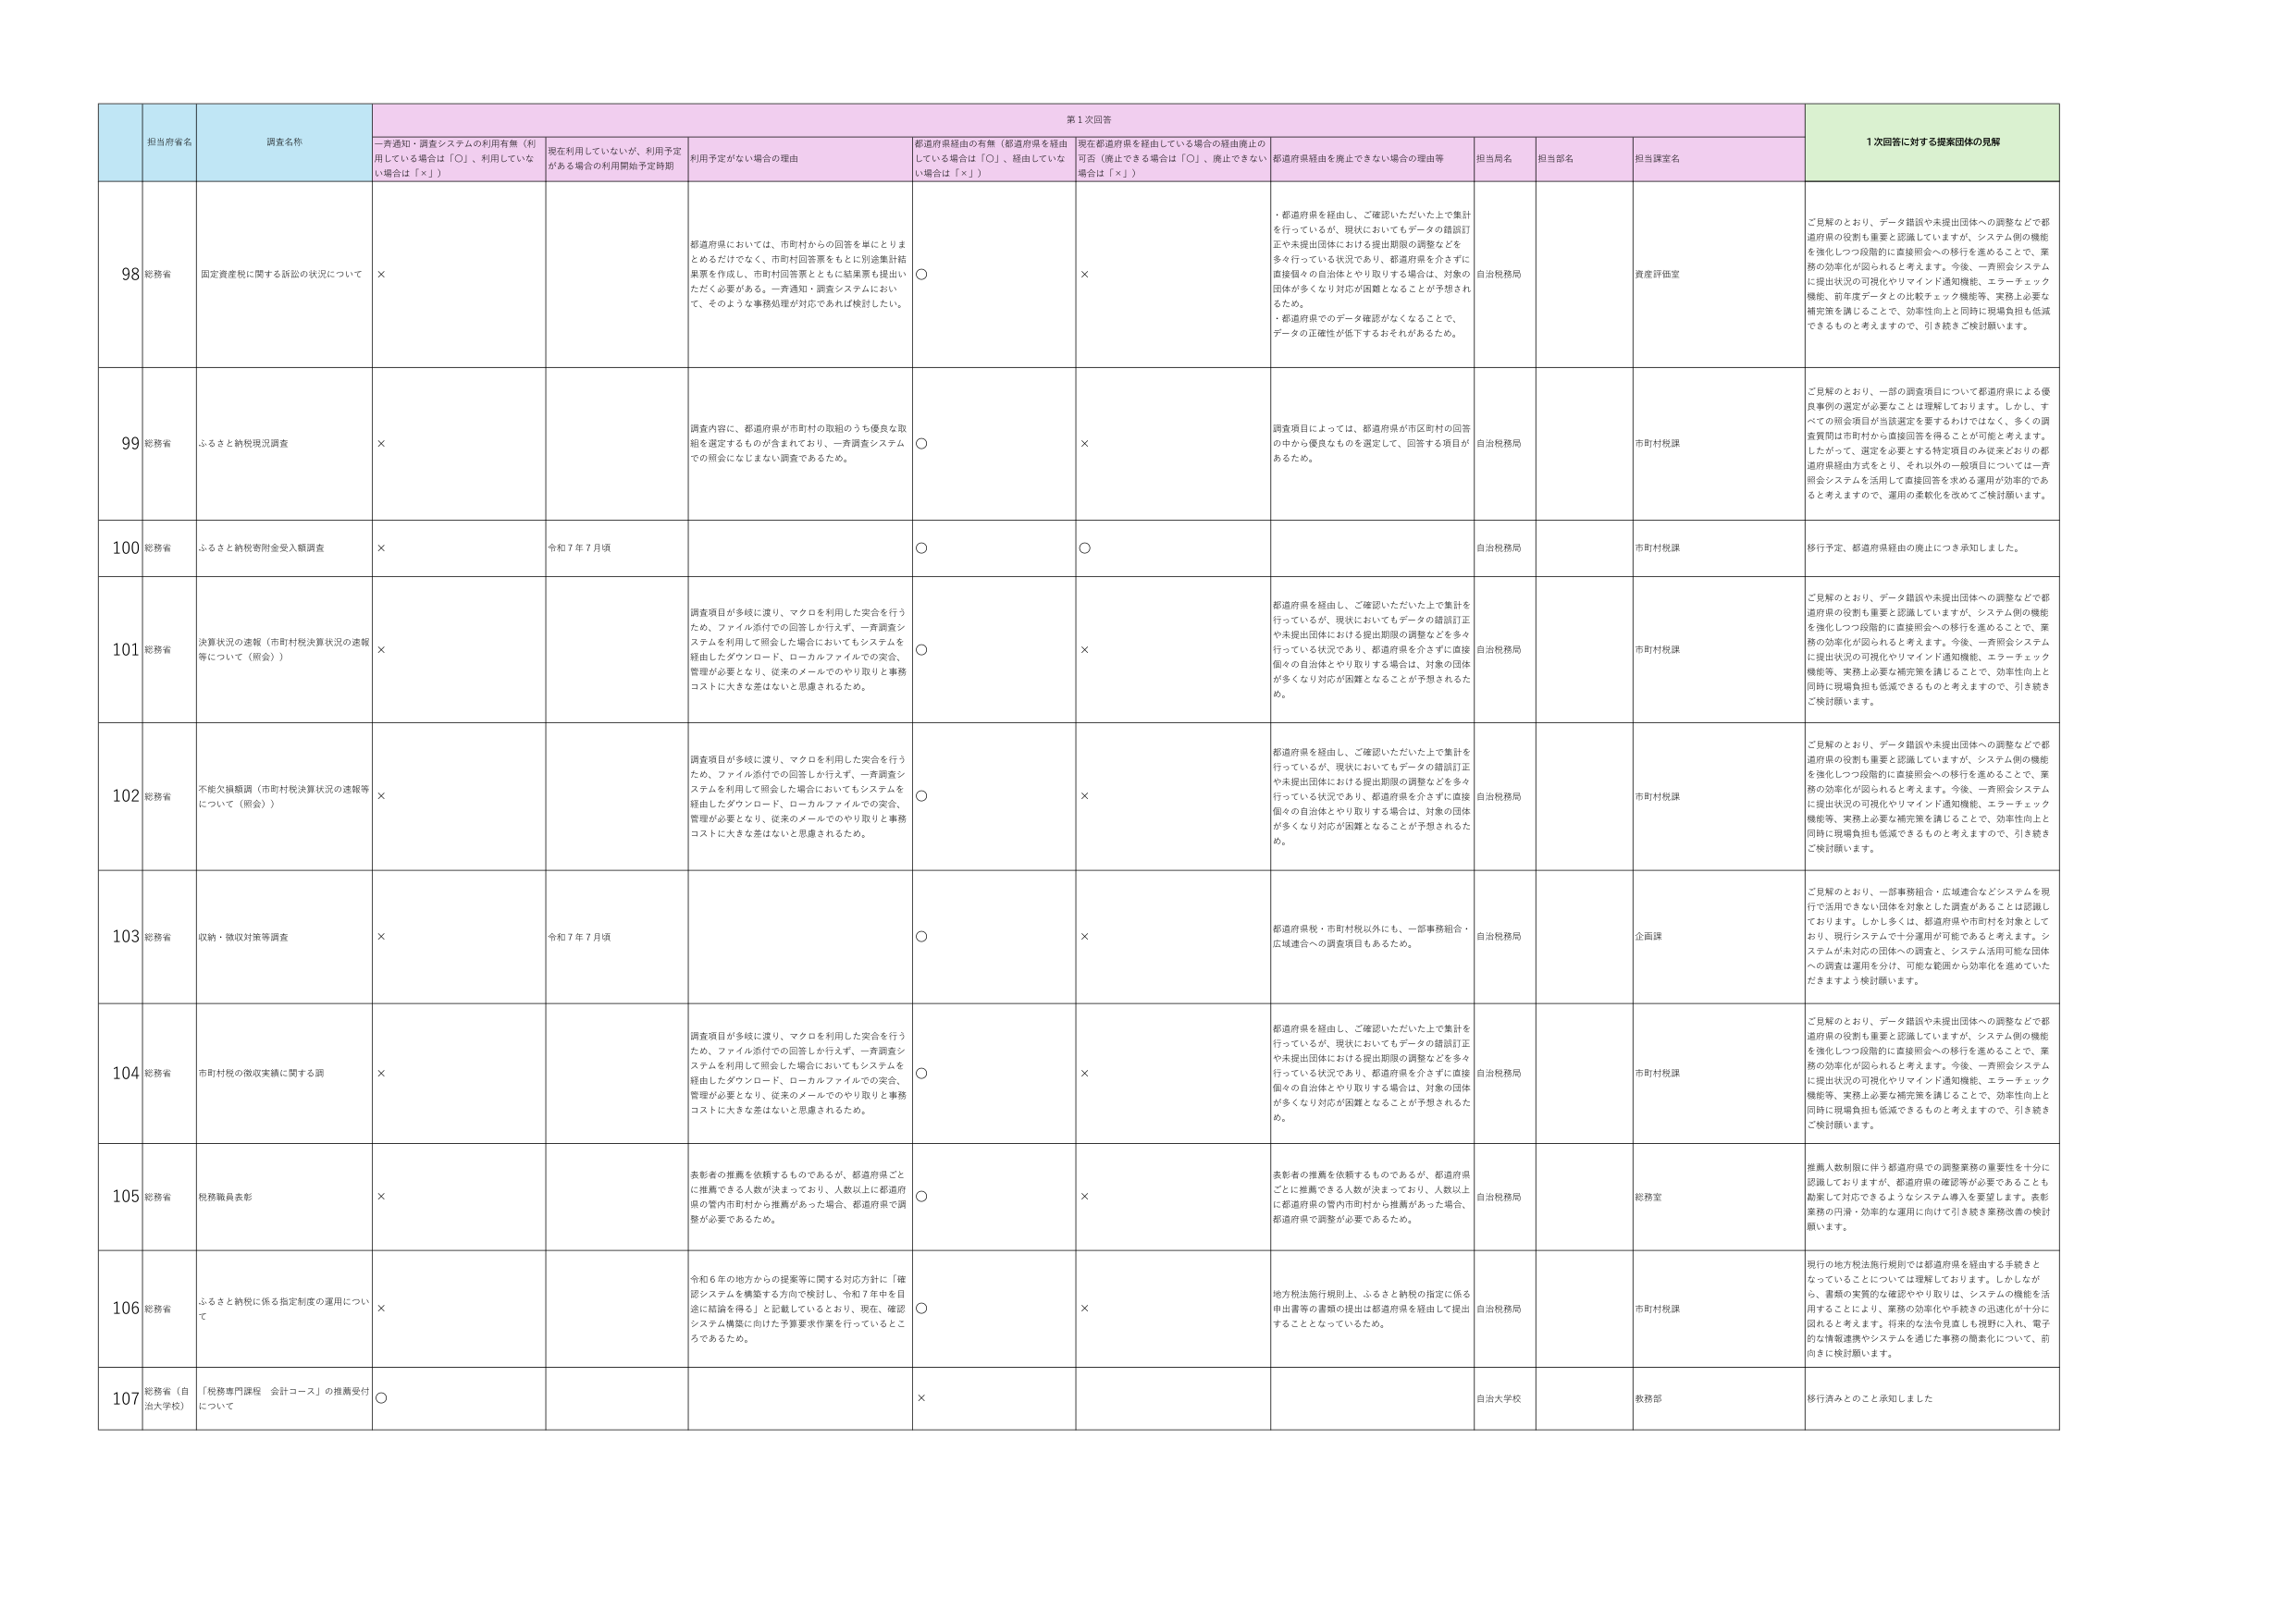
担当府省名 調査名称 一斉通知・調査システムの利用有無（利用している場合は「〇」、利用していない場合は「×」） 現在利用していないが、利用予定がある場合の利用開始予定時期 利用予定がない場合の理由 都道府県経由の有無（都道府県を経由している場合は「〇」、経由していない場合は「×」） 現在都道府県を経由している場合の経由廃止の可否（廃止できる場合は「〇」、廃止できない場合は「×」） 都道府県経由を廃止できない場合の理由等 担当局名 担当部名 担当課室名 1次回答に対する提案団体の見解 98 総務省 固定資産税に関する訴訟の状況について × 都道府県においては、市町村からの回答を単にとりまとめるだけでなく、市町村回答票をもとに別途集計結果票を作成し、市町村回答票とともに結果票も提出いただく必要がある。一斉通知・調査システムにおいて、そのような事務処理が対応であれば検討したい。 〇 × ・都道府県を経由し、ご確認いただいた上で集計を行っているが、現状においてもデータの錯誤訂正や未提出団体における提出期限の調整などを多く行っている状況であり、都道府県を介さずに直接個々の自治体とやり取りする場合は、対象の団体が多くなり対応が困難となることが予想されるため。 ・都道府県でのデータ確認がなくなることで、データの正確性が低下するおそれがあるため。 自治税務局 資産評価室 ご見解のとおり、データ錯誤や未提出団体への調整などで都道府県の役割も重要と認識していますが、システム側の機能を強化しつつ段階的に直接照会への移行を進めることで、業務の効率化が図られると考えます。今後、一斉照会システムに提出状況の可視化やリマインド通知機能、エラーチェック機能、前年度データとの比較チェック機能等、実務上必要な補完策を講じることで、効率性向上と同時に現場負担も低減できるものと考えますので、引き続きご検討願います。 99 総務省 ふるさと納税現況調査 × 調査内容に、都道府県が市町村の取組のうち優良な取組を選定するものが含まれており、一斉調査システムでの照会にはしませんと調査であるため。 〇 × 調査項目によっては、都道府県が市区町村の回答の中から優良なものを選定して、回答する項目があるため。 自治税務局 市町村税課 ご見解のとおり、一部の調査項目について都道府県による優良事例の選定が必要なことは理解しております。しかし、すべての照会項目が当該選定を要するわけではなく、多くの調査質問は市町村から直接回答を得ることが可能と考えます。したがって、選定を必要とする特定項目のみ従来どおり都道府県経由方式をとり、それ以外の一般項目については一斉照会システムを活用して直接回答を求める運用が効率的であると考えますので、運用の柔軟化を改めてご検討願います。 100 総務省 ふるさと納税寄附金受入額調査 × 令和7年7月頃 〇 〇 自治税務局 市町村税課 移行予定、都道府県経由の廃止につき承知しました。 101 総務省 決算状況の速報（市町村税決算状況の速報等について（照会）） × 調査項目が多岐に渡り、マクロを利用した突合を行うため、ファイル添付での回答しか行えず、一斉調査システムを利用して照会した場合においてもシステムを経由したダウンロード、ローカルファイルでの突合、管理が必要となり、従来のメールでのやり取りと事務コストに大きな差はないと思慮されるため。 〇 × 都道府県を経由し、ご確認いただいた上で集計を行っているが、現状においてもデータの錯誤訂正や未提出団体における提出期限の調整などを多く行っている状況であり、都道府県を介さずに直接個々の自治体とやり取りする場合は、対象の団体が多くなり対応が困難となることが予想されるため。 自治税務局 市町村税課 ご見解のとおり、データ錯誤や未提出団体への調整などで都道府県の役割も重要と認識していますが、システム側の機能を強化しつつ段階的に直接照会への移行を進めることで、業務の効率化が図られると考えます。今後、一斉照会システムに提出状況の可視化やリマインド通知機能、エラーチェック機能等、実務上必要な補完策を講じることで、効率性向上と同時に現場負担も低減できるものと考えますので、引き続きご検討願います。 102 総務省 不能欠損額調（市町村税決算状況の速報等について（照会）） × 調査項目が多岐に渡り、マクロを利用した突合を行うため、ファイル添付での回答しか行えず、一斉調査システムを利用して照会した場合においてもシステムを経由したダウンロード、ローカルファイルでの突合、管理が必要となり、従来のメールでのやり取りと事務コストに大きな差はないと思慮されるため。 〇 × 都道府県を経由し、ご確認いただいた上で集計を行っているが、現状においてもデータの錯誤訂正や未提出団体における提出期限の調整などを多く行っている状況であり、都道府県を介さずに直接個々の自治体とやり取りする場合は、対象の団体が多くなり対応が困難となることが予想されるため。 自治税務局 市町村税課 ご見解のとおり、データ錯誤や未提出団体への調整などで都道府県の役割も重要と認識していますが、システム側の機能を強化しつつ段階的に直接照会への移行を進めることで、業務の効率化が図られると考えます。今後、一斉照会システムに提出状況の可視化やリマインド通知機能、エラーチェック機能等、実務上必要な補完策を講じることで、効率性向上と同時に現場負担も低減できるものと考えますので、引き続きご検討願います。 103 総務省 収納・徴収対策等調査 × 令和7年7月頃 〇 × 都道府県税・市町村税以外にも、一部事務組合・広域連合への調査項目もあるため。 自治税務局 企画課 ご見解のとおり、一部事務組合・広域連合などシステムを現行で活用できない団体を対象とした調査があることは認識しております。しかしそうは、都道府県や市町村を対象としており、現行システムで十分運用が可能であると考えます。システムが未対応の団体への調査と、システム活用可能な団体への調査は運用を分け、可能な範囲から効率化を進めていただきますよう検討願います。 104 総務省 市町村税の徴収実績に関する調 × 調査項目が多岐に渡り、マクロを利用した突合を行うため、ファイル添付での回答しか行えず、一斉調査システムを利用して照会した場合においてもシステムを経由したダウンロード、ローカルファイルでの突合、管理が必要となり、従来のメールでのやり取りと事務コストに大きな差はないと思慮されるため。 〇 × 都道府県を経由し、ご確認いただいた上で集計を行っているが、現状においてもデータの錯誤訂正や未提出団体における提出期限の調整などを多く行っている状況であり、都道府県を介さずに直接個々の自治体とやり取りする場合は、対象の団体が多くなり対応が困難となることが予想されるため。 自治税務局 市町村税課 ご見解のとおり、データ錯誤や未提出団体への調整などで都道府県の役割も重要と認識していますが、システム側の機能を強化しつつ段階的に直接照会への移行を進めることで、業務の効率化が図られると考えます。今後、一斉照会システムに提出状況の可視化やリマインド通知機能、エラーチェック機能等、実務上必要な補完策を講じることで、効率性向上と同時に現場負担も低減できるものと考えますので、引き続きご検討願います。 105 総務省 税務職員表彰 × 表彰者の推薦を依頼するものであるが、都道府県ごとに推薦できる人数が決まっており、人数以上に都道府県の管内市町村から推薦があった場合、都道府県で調整が必要であるため。 〇 × 表彰者の推薦を依頼するものであるが、都道府県ごとに推薦できる人数が決まっており、人数以上に都道府県の管内市町村から推薦があった場合、都道府県で調整が必要であるため。 自治税務局 総務室 推薦人数制限に伴う都道府県での調整業務の重要性を十分に認識しておりますが、都道府県の確認等が必要であることも勘案して対応できるようなシステム導入を要望します。表彰業務の円滑・効率的な運用に向けて引き続き業務改善の検討願います。 106 総務省 ふるさと納税に係る指定制度の運用について × 令和6年の地方からの提案等に関する対応方針に「確認システムを構築する方向で検討し、令和7年中を目途に結論を得る」と記載しているとおり、現在、確認システム構築に向けた予算要求作業を行っているところであるため。 〇 × 地方税法施行規則上、ふるさと納税の指定に係る申出書等の書類の提出は都道府県を経由して提出することとなっているため。 自治税務局 市町村税課 現行の地方税法施行規則では都道府県を経由する手続きとなっていることについては理解しております。しかしながら、書類の実質的な確認ややり取りは、システムの機能を活用することにより、業務の効率化や手続きの迅速化が十分に図れると考えます。将来的な法令見直しも視野に入れ、電子的な情報連携やシステムを通じた事務の簡素化について、前向きに検討願います。 107 総務省（自治大学校） 「税務専門課程 会計コース」の推薦受付について 〇 × 自治大学校 教務部 移行済みとのこと承知しました